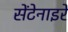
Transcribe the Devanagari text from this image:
सेंटेनाइरे